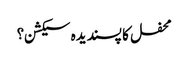
محفل کا پسندیدہ سیکشن؟